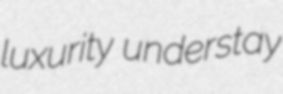
luxurity understay